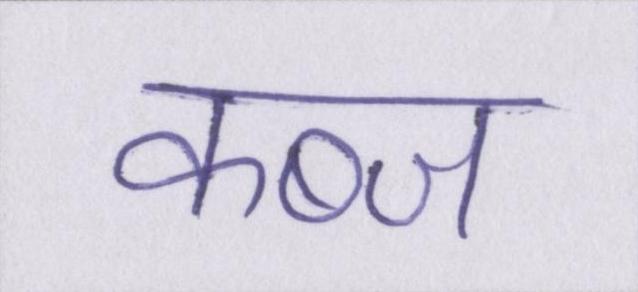
कब्ज